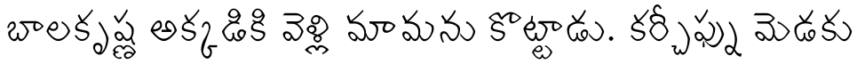
బాలకృష్ణ అక్కడికి వెళ్లి మామను కొట్టాడు. కర్చీఫ్ను మెడకు